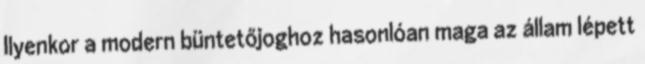
Ilyenkor a modern büntetőjoghoz hasonlóan maga az állam lépett